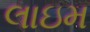
લાઇમ